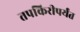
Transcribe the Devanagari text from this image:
तपकिरीपर्यंत